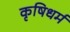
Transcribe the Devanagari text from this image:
कृषिधर्म